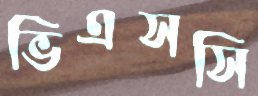
ভিএসসি